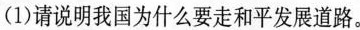
依靠不断发展起来的力量更好地走和平发展道路。